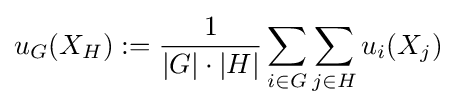
u_{G}(X_{H}):={\frac {1}{|G|\cdot |H|}}\sum _{i\in G}\sum _{j\in H}u_{i}(X_{j})